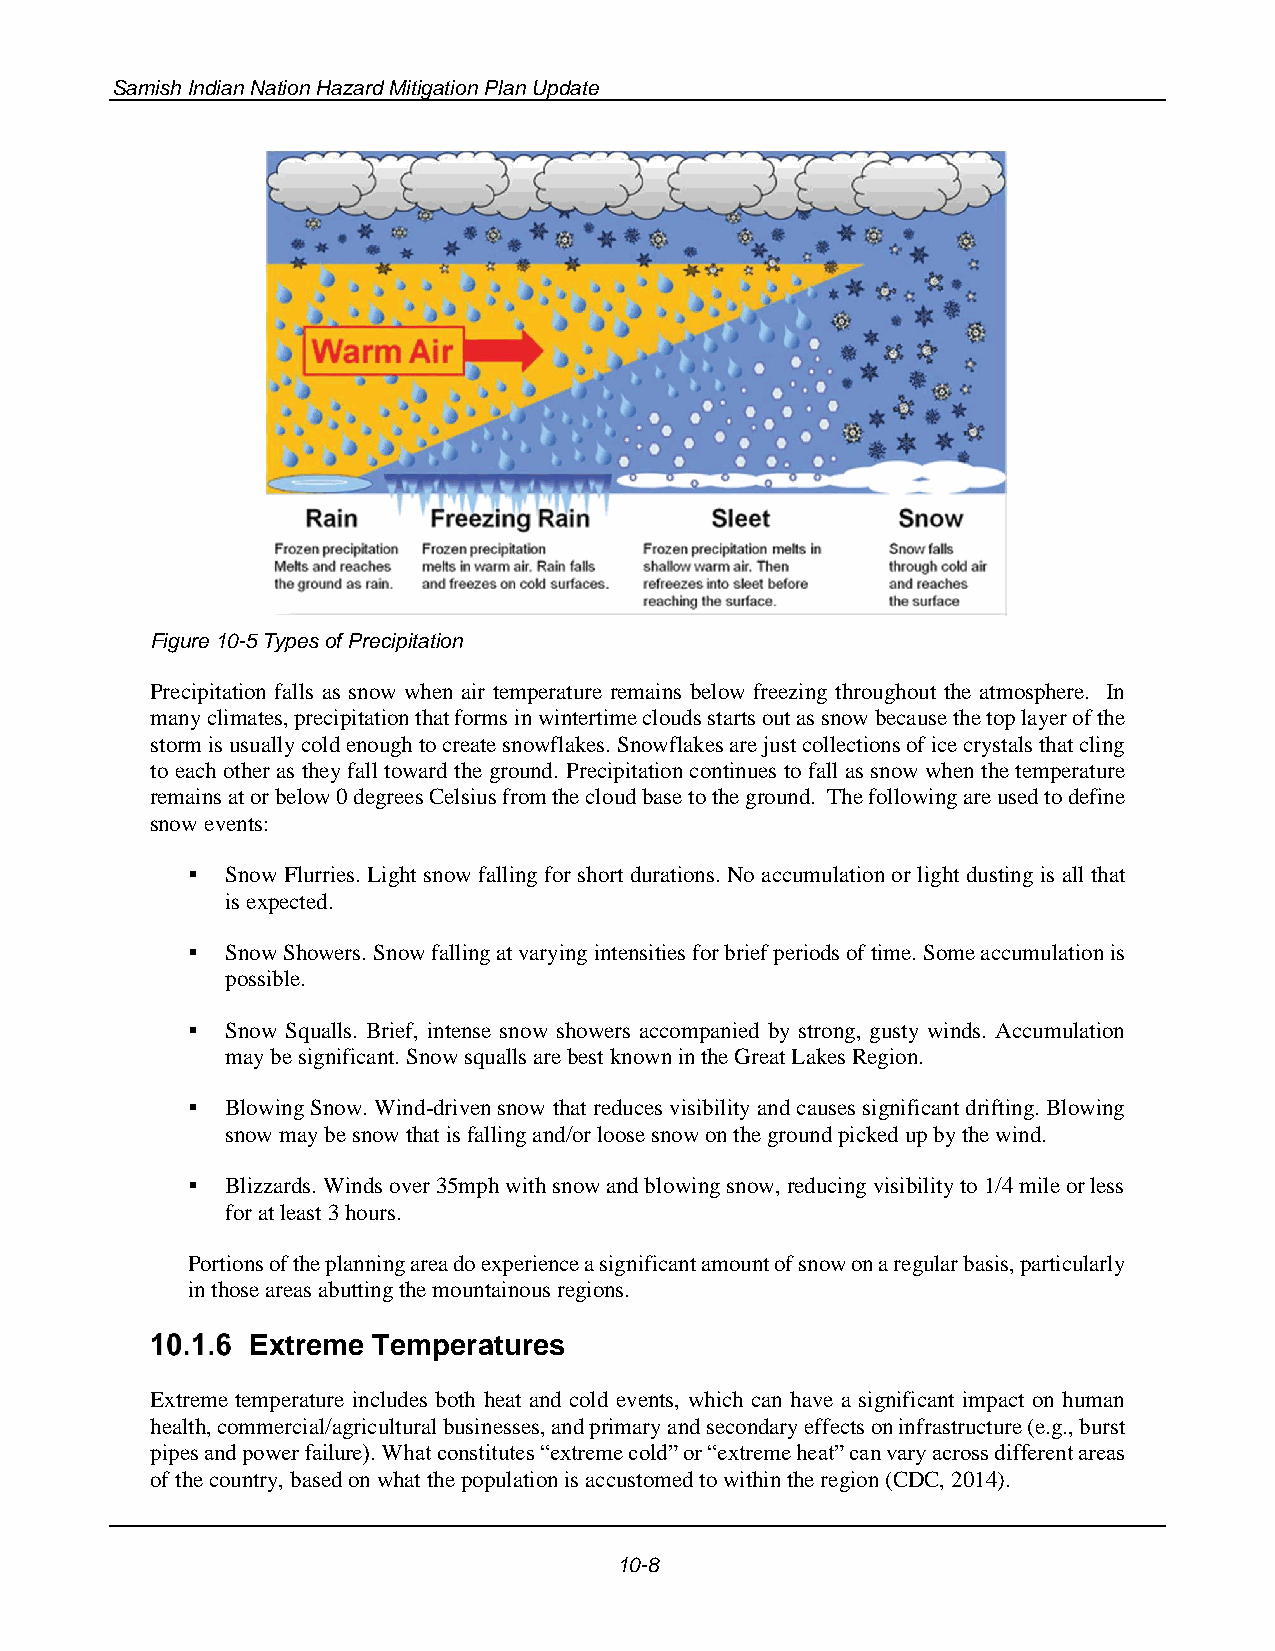
Samish Indian Nation Hazard Mitigation Plan Update
 Figure 10-5 Types of Precipitation
 Precipitation falls as snow when air temperature remains below freezing throughout the atmosphere. In
 many climates, precipitation that forms in wintertime clouds starts out as snow because the top layer of the
 storm is usually cold enough to create snowflakes. Snowflakes are just collections of ice crystals that cling
 to each other as they fall toward the ground. Precipitation continues to fall as snow when the temperature
 remains at or below 0 degrees Celsius from the cloud base to the ground. The following are used to define
 snow events:
 ▪  Snow Flurries. Light snow falling for short durations. No accumulation or light dusting is all that
 is expected.
 ▪  Snow Showers. Snow falling at varying intensities for brief periods of time. Some accumulation is
 possible.
 ▪  Snow Squalls. Brief, intense snow showers accompanied by strong, gusty winds. Accumulation
 may be significant. Snow squalls are best known in the Great Lakes Region.
 ▪  Blowing Snow. Wind-driven snow that reduces visibility and causes significant drifting. Blowing
 snow may be snow that is falling and/or loose snow on the ground picked up by the wind.
 ▪  Blizzards. Winds over 35mph with snow and blowing snow, reducing visibility to 1/4 mile or less
 for at least 3 hours.
 Portions of the planning area do experience a significant amount of snow on a regular basis, particularly
 in those areas abutting the mountainous regions.
 Extreme Temperatures
 Extreme temperature includes both heat and cold events, which can have a significant impact on human
 health, commercial/agricultural businesses, and primary and secondary effects on infrastructure (e.g., burst
 pipes and power failure). What constitutes “extreme cold” or “extreme heat” can vary across different areas
 of the country, based on what the population is accustomed to within the region (CDC, 2014).
 10-8